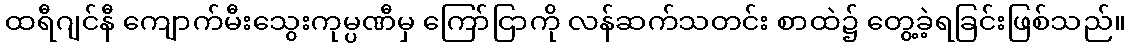
ထရီဂျင်နီ ကျောက်မီးသွေးကုမ္ပဏီမှ ကြော်ငြာကို လန်ဆက်သတင်း စာထဲ၌ တွေ့ခဲ့ရခြင်းဖြစ်သည်။